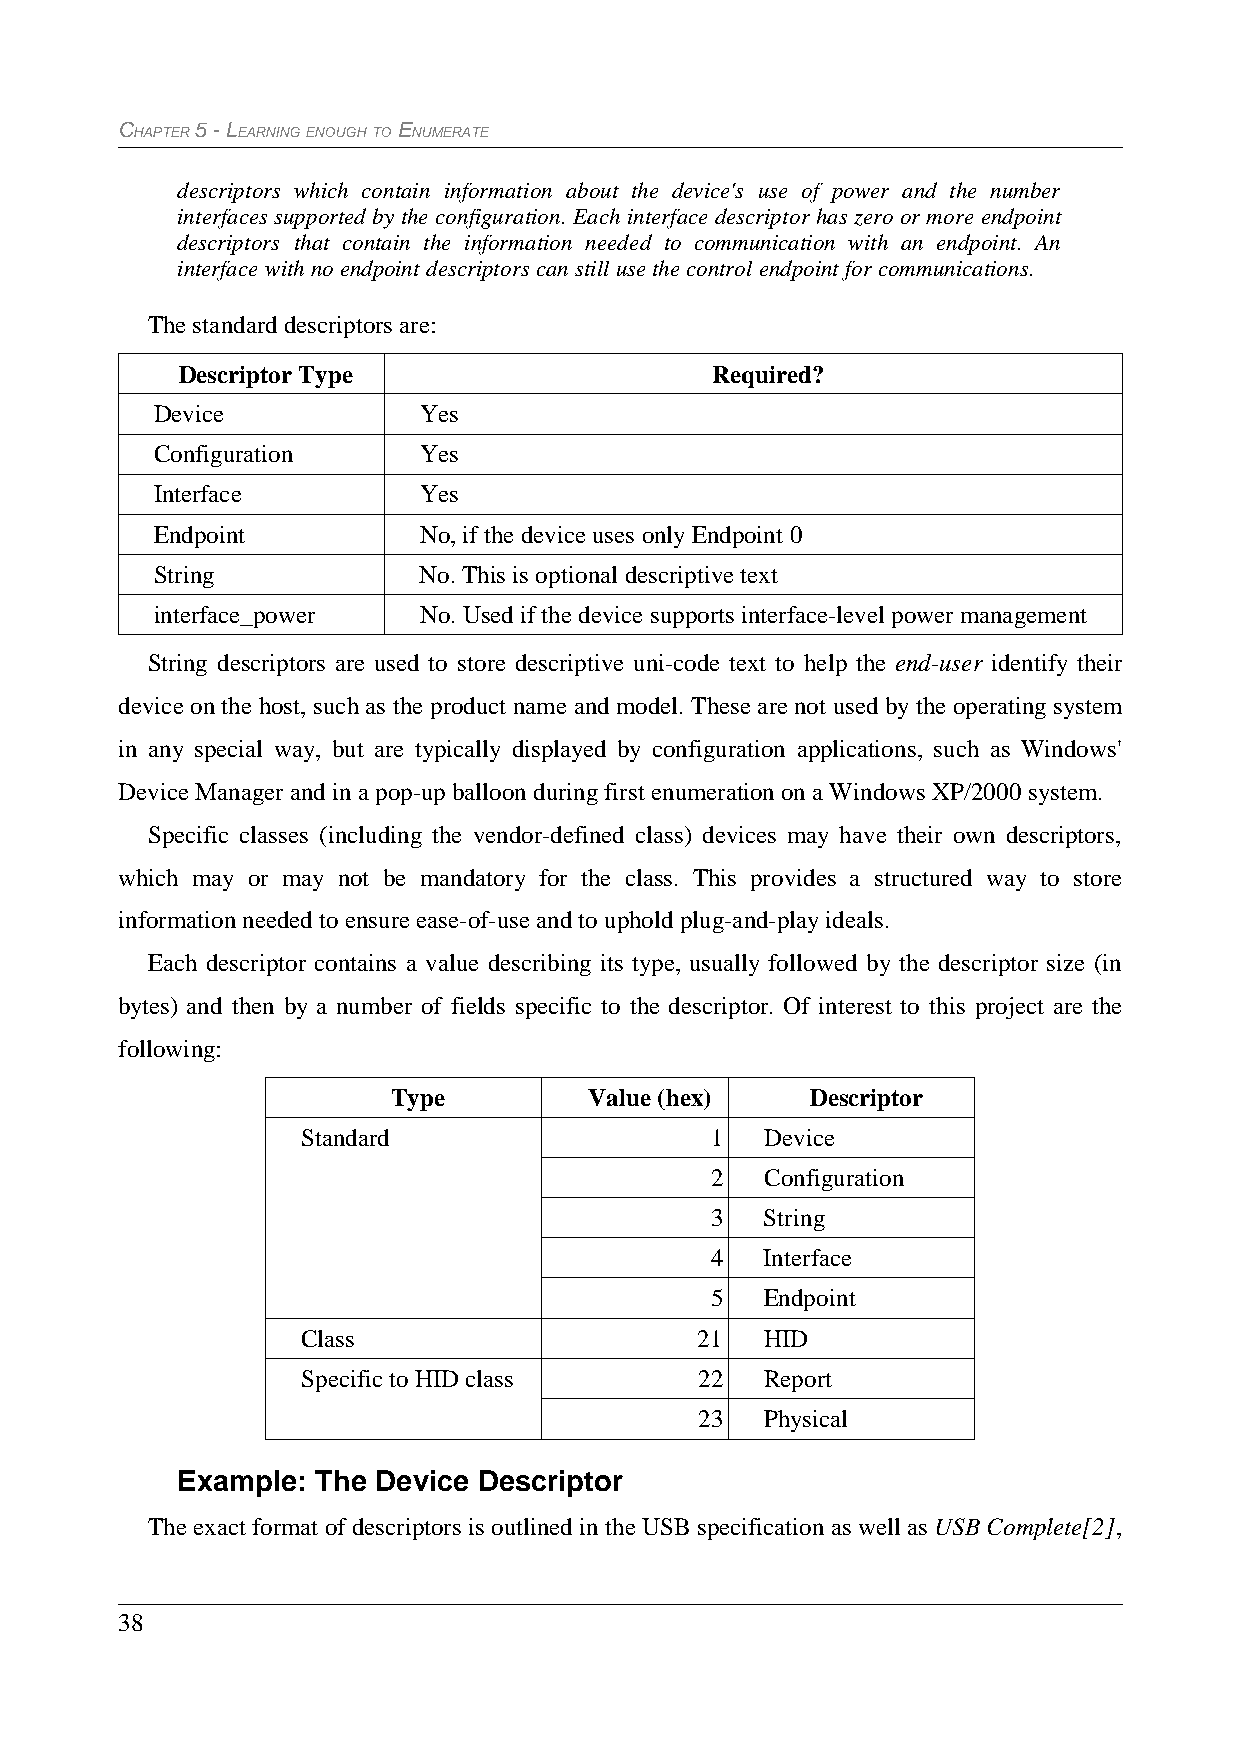
CHAPTER 5 - LEARNING ENOUGH TO ENUMERATE
 descriptors which contain information about the device's use of power and the number
 interfaces supported by the configuration. Each interface descriptor has zero or more endpoint
 descriptors that contain the information needed to communication with an endpoint. An
 interface with no endpoint descriptors can still use the control endpoint for communications.
 The standard descriptors are:
 Descriptor Type                    Required?
 Device            Yes
 Configuration     Yes
 Interface         Yes
 Endpoint          No, if the device uses only Endpoint 0
 String            No. This is optional descriptive text
 interface_power   No. Used if the device supports interface-level power management
 String descriptors are used to store descriptive uni-code text to help the end-user identify their
 device on the host, such as the product name and model. These are not used by the operating system
 in any special way, but are typically displayed by configuration applications, such as Windows'
 Device Manager and in a pop-up balloon during first enumeration on a Windows XP/2000 system.
 Specific classes (including the vendor-defined class) devices may have their own descriptors,
 which may or may not be mandatory for the class. This provides a structured way to store
 information needed to ensure ease-of-use and to uphold plug-and-play ideals.
 Each descriptor contains a value describing its type, usually followed by the descriptor size (in
 bytes) and then by a number of fields specific to the descriptor. Of interest to this project are the
 following:
 Type         Value (hex)    Descriptor
 Standard                   1   Device
 2   Configuration
 3   String
 4   Interface
 5   Endpoint
 Class                     21   HID
 Specific to HID class     22   Report
 23   Physical
 Example: The Device Descriptor
 The exact format of descriptors is outlined in the USB specification as well as USB Complete[2],
 38